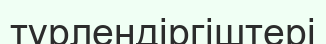
түрлендіргіштері